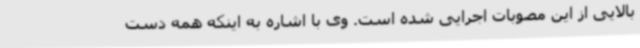
بالایی از این مصوبات اجرایی شده است. وی با اشاره به اینکه همه دست